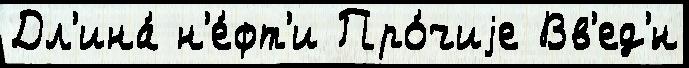
Дл'ина́ н'е́фт'и Про́чиjе Вв'ед'́н